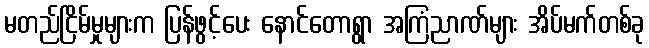
မတည်ငြိမ်မှုများက ပြန်ဖွင့်ပေး နောင်တောရွာ အကြံညာဏ်များ အိပ်မက်တစ်ခု